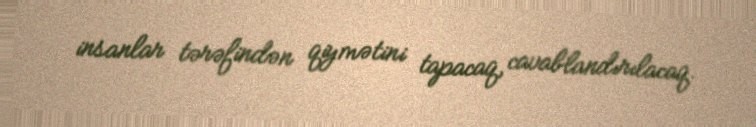
insanlar tərəfindən qiymətini tapacaq, cavablandırılacaq.